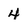
Character: 4